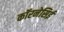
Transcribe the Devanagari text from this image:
कॉरनेसिई